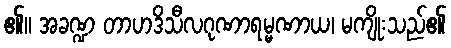
၏။ အခဏ္ဍ တာဟဒိသီလဂုဏာရမ္မဏာယ၊ မကျိုးသည်၏